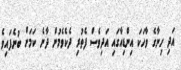
އަދި ހިނާގެ ވާހަކަ އިންޑިއާގައި އަދިވެސް ފެތުރި ދެކެވެމުން ދާނެ ކަމަށް ބުނެފައިވެ